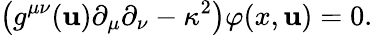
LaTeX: \left(g^{\mu\nu}(\mathbf{u})\partial_{\mu}\partial_{\nu}-\kappa^{2}\right)\varphi(x,\mathbf{u})=0.